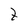
Character: t